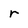
Character: r